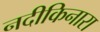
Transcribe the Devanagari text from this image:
नदीकिनारा